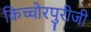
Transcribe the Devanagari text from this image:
किच्चोरपुरीजी